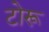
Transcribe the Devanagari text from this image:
टोरू